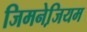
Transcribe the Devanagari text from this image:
जिमनेजि़यम